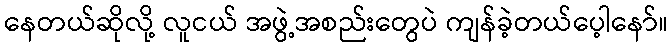
နေတယ်ဆိုလို့ လူငယ် အဖွဲ့အစည်းတွေပဲ ကျန်ခဲ့တယ်ပေ့ါနော်။